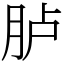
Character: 胪